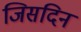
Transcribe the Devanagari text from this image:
जिसदिन